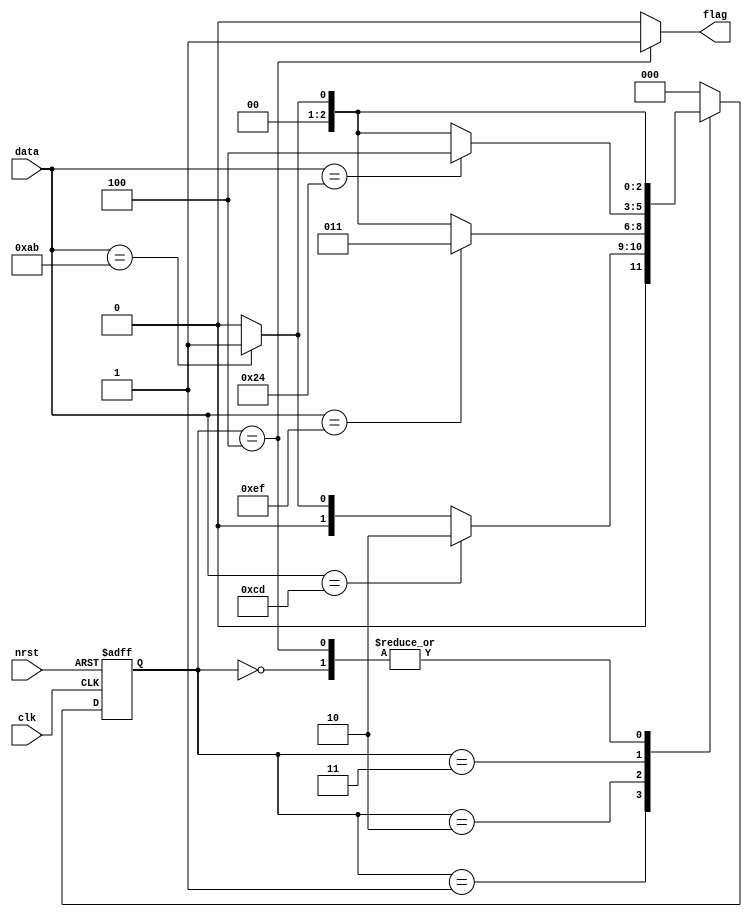
`timescale 1ns / 1ps
//////////////////////////////////////////////////////////////////////////////////
// Company: 
// Engineer: 
// 
// Design Name: 
// Module Name: sequence_detection_unit
// Project Name: 
// Target Devices: 
// Tool Versions: 
// Description: 
// 
// Dependencies: 
// 
// Revision:
// Revision 0.01 - File Created
// Additional Comments:
// 
//////////////////////////////////////////////////////////////////////////////////


module sequence_detection_unit(nrst, clk, data, flag);

    // -----------------------------------------------------------
    // inputs
    // -----------------------------------------------------------
    input wire nrst;
    input wire clk;
    input wire [7:0] data;
    // -----------------------------------------------------------
    
    // -----------------------------------------------------------
    // outputs 
    // -----------------------------------------------------------
    output reg flag;
    // -----------------------------------------------------------
    
    // ---------------------------------------------------------------
    // pre-defiend sequence 
    // ------------------------------------------------------------
    localparam byte1 = 8'hAB,
               byte2 = 8'hCD,
               byte3 = 8'hEF,
               byte4 = 8'h24;
    // ---------------------------------------------------------------
    
    // ------------------------------------------------------------
    // state encoding (binary encoding)
    // -------------------------------------------------------------
    localparam ideal = 3'd0,
               s1 = 3'd1,
               s2 = 3'd2,
               s3 = 3'd3,
               s4 = 3'd4;
    // --------------------------------------------------------------
    
    // ----------------------------------------------------------------
    // state reg declaration 
    // ----------------------------------------------------------------
    reg [2:0] current_state;
    reg [2:0] next_state;
    // ---------------------------------------------------------------
    
    // ---------------------------------------------------------------
    // clocked always block modeling state register (Async rest)
    // ---------------------------------------------------------------
    always @(posedge clk, negedge nrst) begin
        if (nrst == 1'b0)
            current_state <= ideal;
        else
            current_state <= next_state;
    end
    // ----------------------------------------------------------------
    
    // ---------------------------------------------------------------
    // process modeling the next state logic (combinationl)
    // ----------------------------------------------------------------
    always @(current_state, data)begin
        case(current_state)
            ideal: begin 
                if(data == byte1) next_state = s1;
                else next_state = ideal;
            end
            s1: begin
                if(data == byte2) next_state = s2;
                else if(data == byte1) next_state = s1;
                else next_state = ideal;
            end
            s2: begin
                if(data == byte3) next_state = s3;
                else if(data == byte1) next_state = s1;
                else next_state = ideal;
            end
            s3: begin
                if(data == byte4) next_state = s4;
                else if(data == byte1) next_state = s1;
                else next_state = ideal;
            end
            s4: begin
                if(data == byte1) next_state = s1;
                else next_state = ideal;
            end
            default: next_state = ideal;
        endcase
    end
    // --------------------------------------------------------------
    
    // -----------------------------------------------------------------
    // always block modeling the output logic (combinational)
    // ------------------------------------------------------------------
    always @(current_state)begin
        case(current_state)
            ideal: flag = 1'b0;
            s1: flag = 1'b0;
            s2: flag = 1'b0;
            s3: flag = 1'b0;
            s4: flag = 1'b1;
            default: flag = 1'b0;
        endcase
    end
    
endmodule